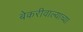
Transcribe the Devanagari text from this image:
बेकरीवाल्याच्या